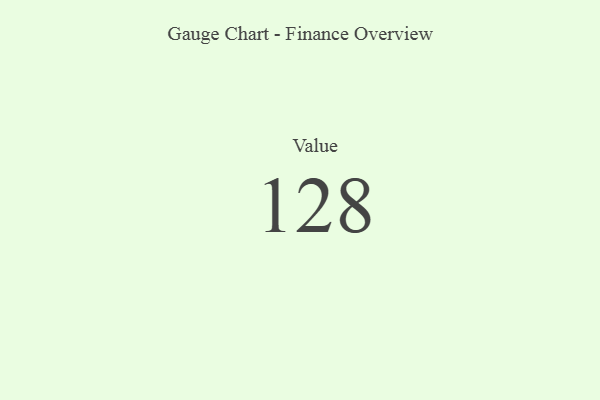
{"axis": {"x": "Metric", "y": "Value"}, "legend": [""], "data": [{"x": "Value", "y": 128, "type": ""}]}